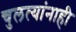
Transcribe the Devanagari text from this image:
चुलत्यांनाही